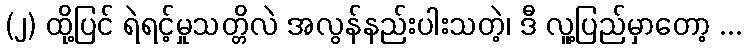
(၂) ထို့ပြင် ရဲရင့်မှုသတ္တိလဲ အလွန်နည်းပါးသတဲ့၊ ဒီ လူ့ပြည်မှာတော့ ...